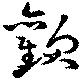
歡